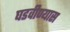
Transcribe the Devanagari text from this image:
घडवीण्यास